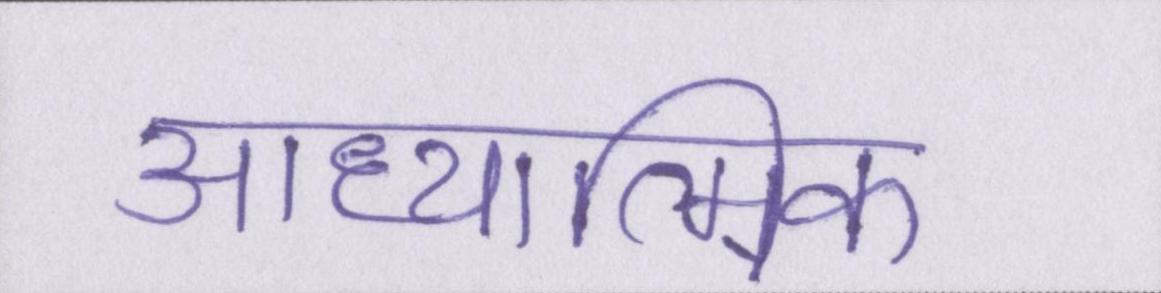
आध्यात्मिक